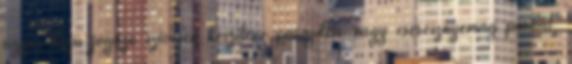
ügyes kezű jógázó szívesen készítene parajdisó vagy cseresznyemag párnát,